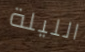
الليلة